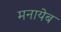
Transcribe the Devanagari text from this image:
मनायेब